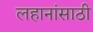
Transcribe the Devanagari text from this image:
लहानांसाठी